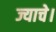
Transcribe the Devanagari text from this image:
ज्याचे।